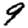
Digit: 9